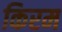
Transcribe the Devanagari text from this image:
किरम